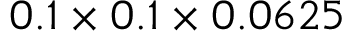
0 . 1 \times 0 . 1 \times 0 . 0 6 2 5